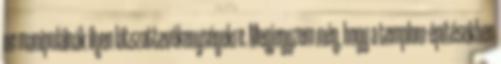
ne manipulálnák ilyen látszattevé­keny­sé­gekre. Megjegyzem még, hogy a templom-építésekben